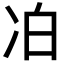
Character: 𪞜